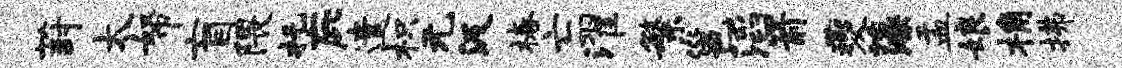
葑太帑盲隈托庇遣枳无汲椿亡濯繁邕滔箭夔藻盂娘桷拂